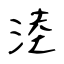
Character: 淕